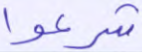
شرعوا